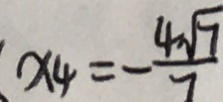
x _ { 4 } = - \frac { 4 \sqrt { 7 } } { 7 }